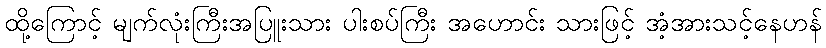
ထို့ကြောင့် မျက်လုံးကြီးအပြူးသား ပါးစပ်ကြီး အဟောင်း သားဖြင့် အံ့အားသင့်နေဟန်